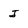
Character: J